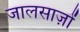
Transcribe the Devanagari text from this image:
जालसाज़ों